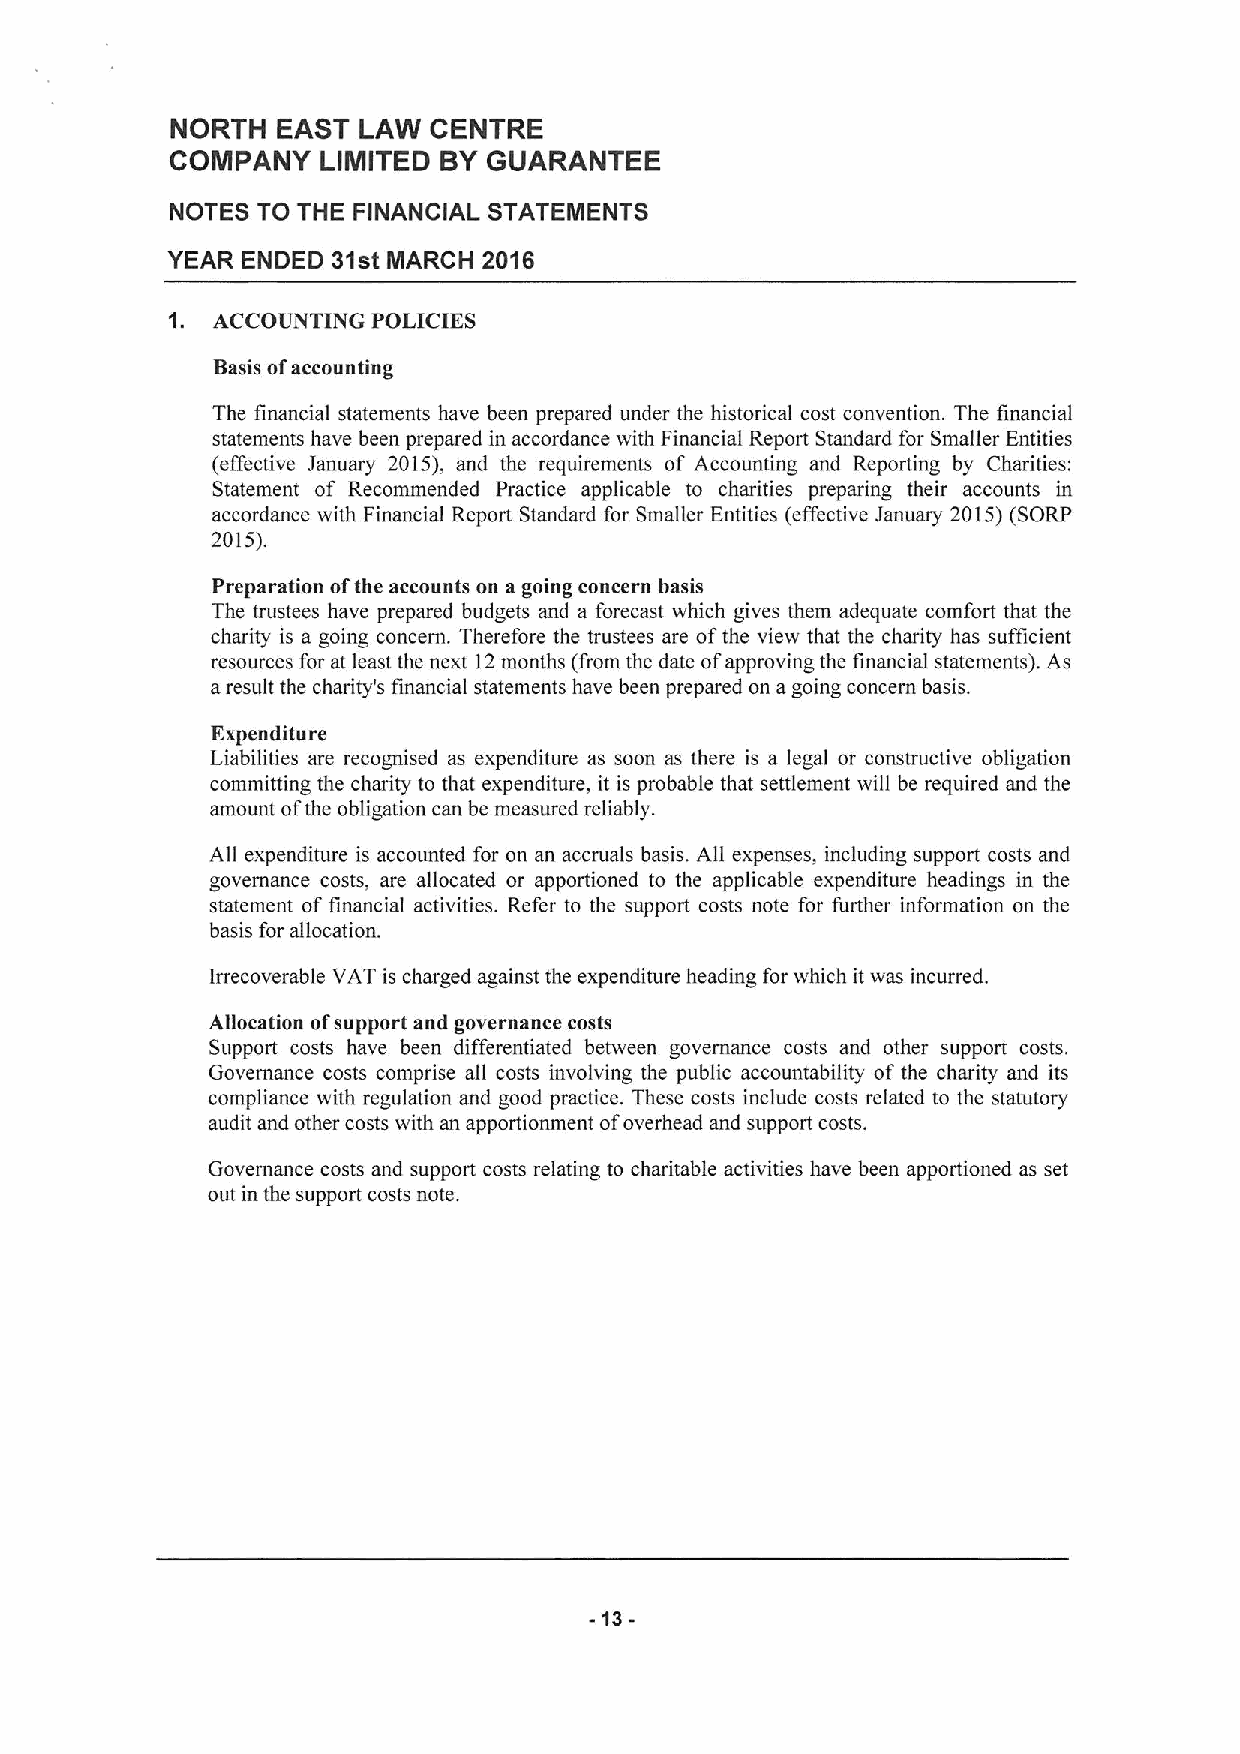
NORTH  EAST  LAW CENTRE
 COMPANY   LIMITED BYGUARANTEE
 NOTES TO THE FINANCIAL STATEMENTS
 YEAR ENDED 31st MARCH 2016
 1. ACCOUNTING POLICIES
 Basis ofaccounting
 The financial statements have been prepared under the historical cost convention. The financial
 statements have been prepared in accordance with Financial Report Standard for Smaller Entities
 (effective January 2015), and the requirements of Accounting and Reporting by Charities:
 Statement of Recommended Practice applicable to charities preparing their accounts in
 accordance with Financial Report Standard for Smaller Entities (effective January 2015)(SORP
 2015).
 Preparation ofthe accounts on a going concern basis
 The trustees have prepared budgets and a forecast which gives them adequate comfort that the
 charity is a going concern. Therefore the trustees are ofthe view that the charity has sufficient
 resources for at least the next 12months (from the date ofapproving the financial statements). As
 aresult the charity's financial statements have been prepared on agoing concern basis.
 Expenditure
 Liabilities are recognised as expenditure as soon as there is a legal or constructive obligation
 committing the charity to that expenditure, it is probable that settlement will be required and the
 amount ofthe obligation can be measured reliably.
 All expenditure is accounted for on an accruals basis. All expenses, including support costs and
 governance costs, are allocated or apportioned to the applicable expenditure headings in the
 statement of financial activities. Refer to the support costs note for further information on the
 basis for allocation.
 Irrecoverable VAT is charged against the expenditure heading for which it was incurred.
 Allocation ofsupport and governance costs
 Support costs have been differentiated between governance costs and other support costs.
 Governance costs comprise all costs involving the public accountability of the charity and its
 compliance with regulation and good practice. These costs include costs related to the statutory
 audit and other costs with an apportionment ofoverhead and support costs.
 Governance costs and support costs relating to charitable activities have been apportioned as set
 out in the support costs note.
 -13-